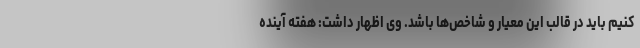
کنیم باید در قالب این معیار و شاخص‌ها باشد. وی اظهار داشت: هفته آینده